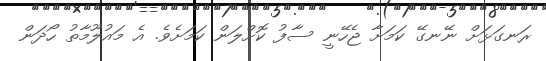
ރަނގަޅަށް ނޭނގޭ ކަމަށާ ޖެހޭނީ ސާފު ކޮށްލަން ކަމަށެވެ. އެ މައުލޫމާތު ހޯދަން